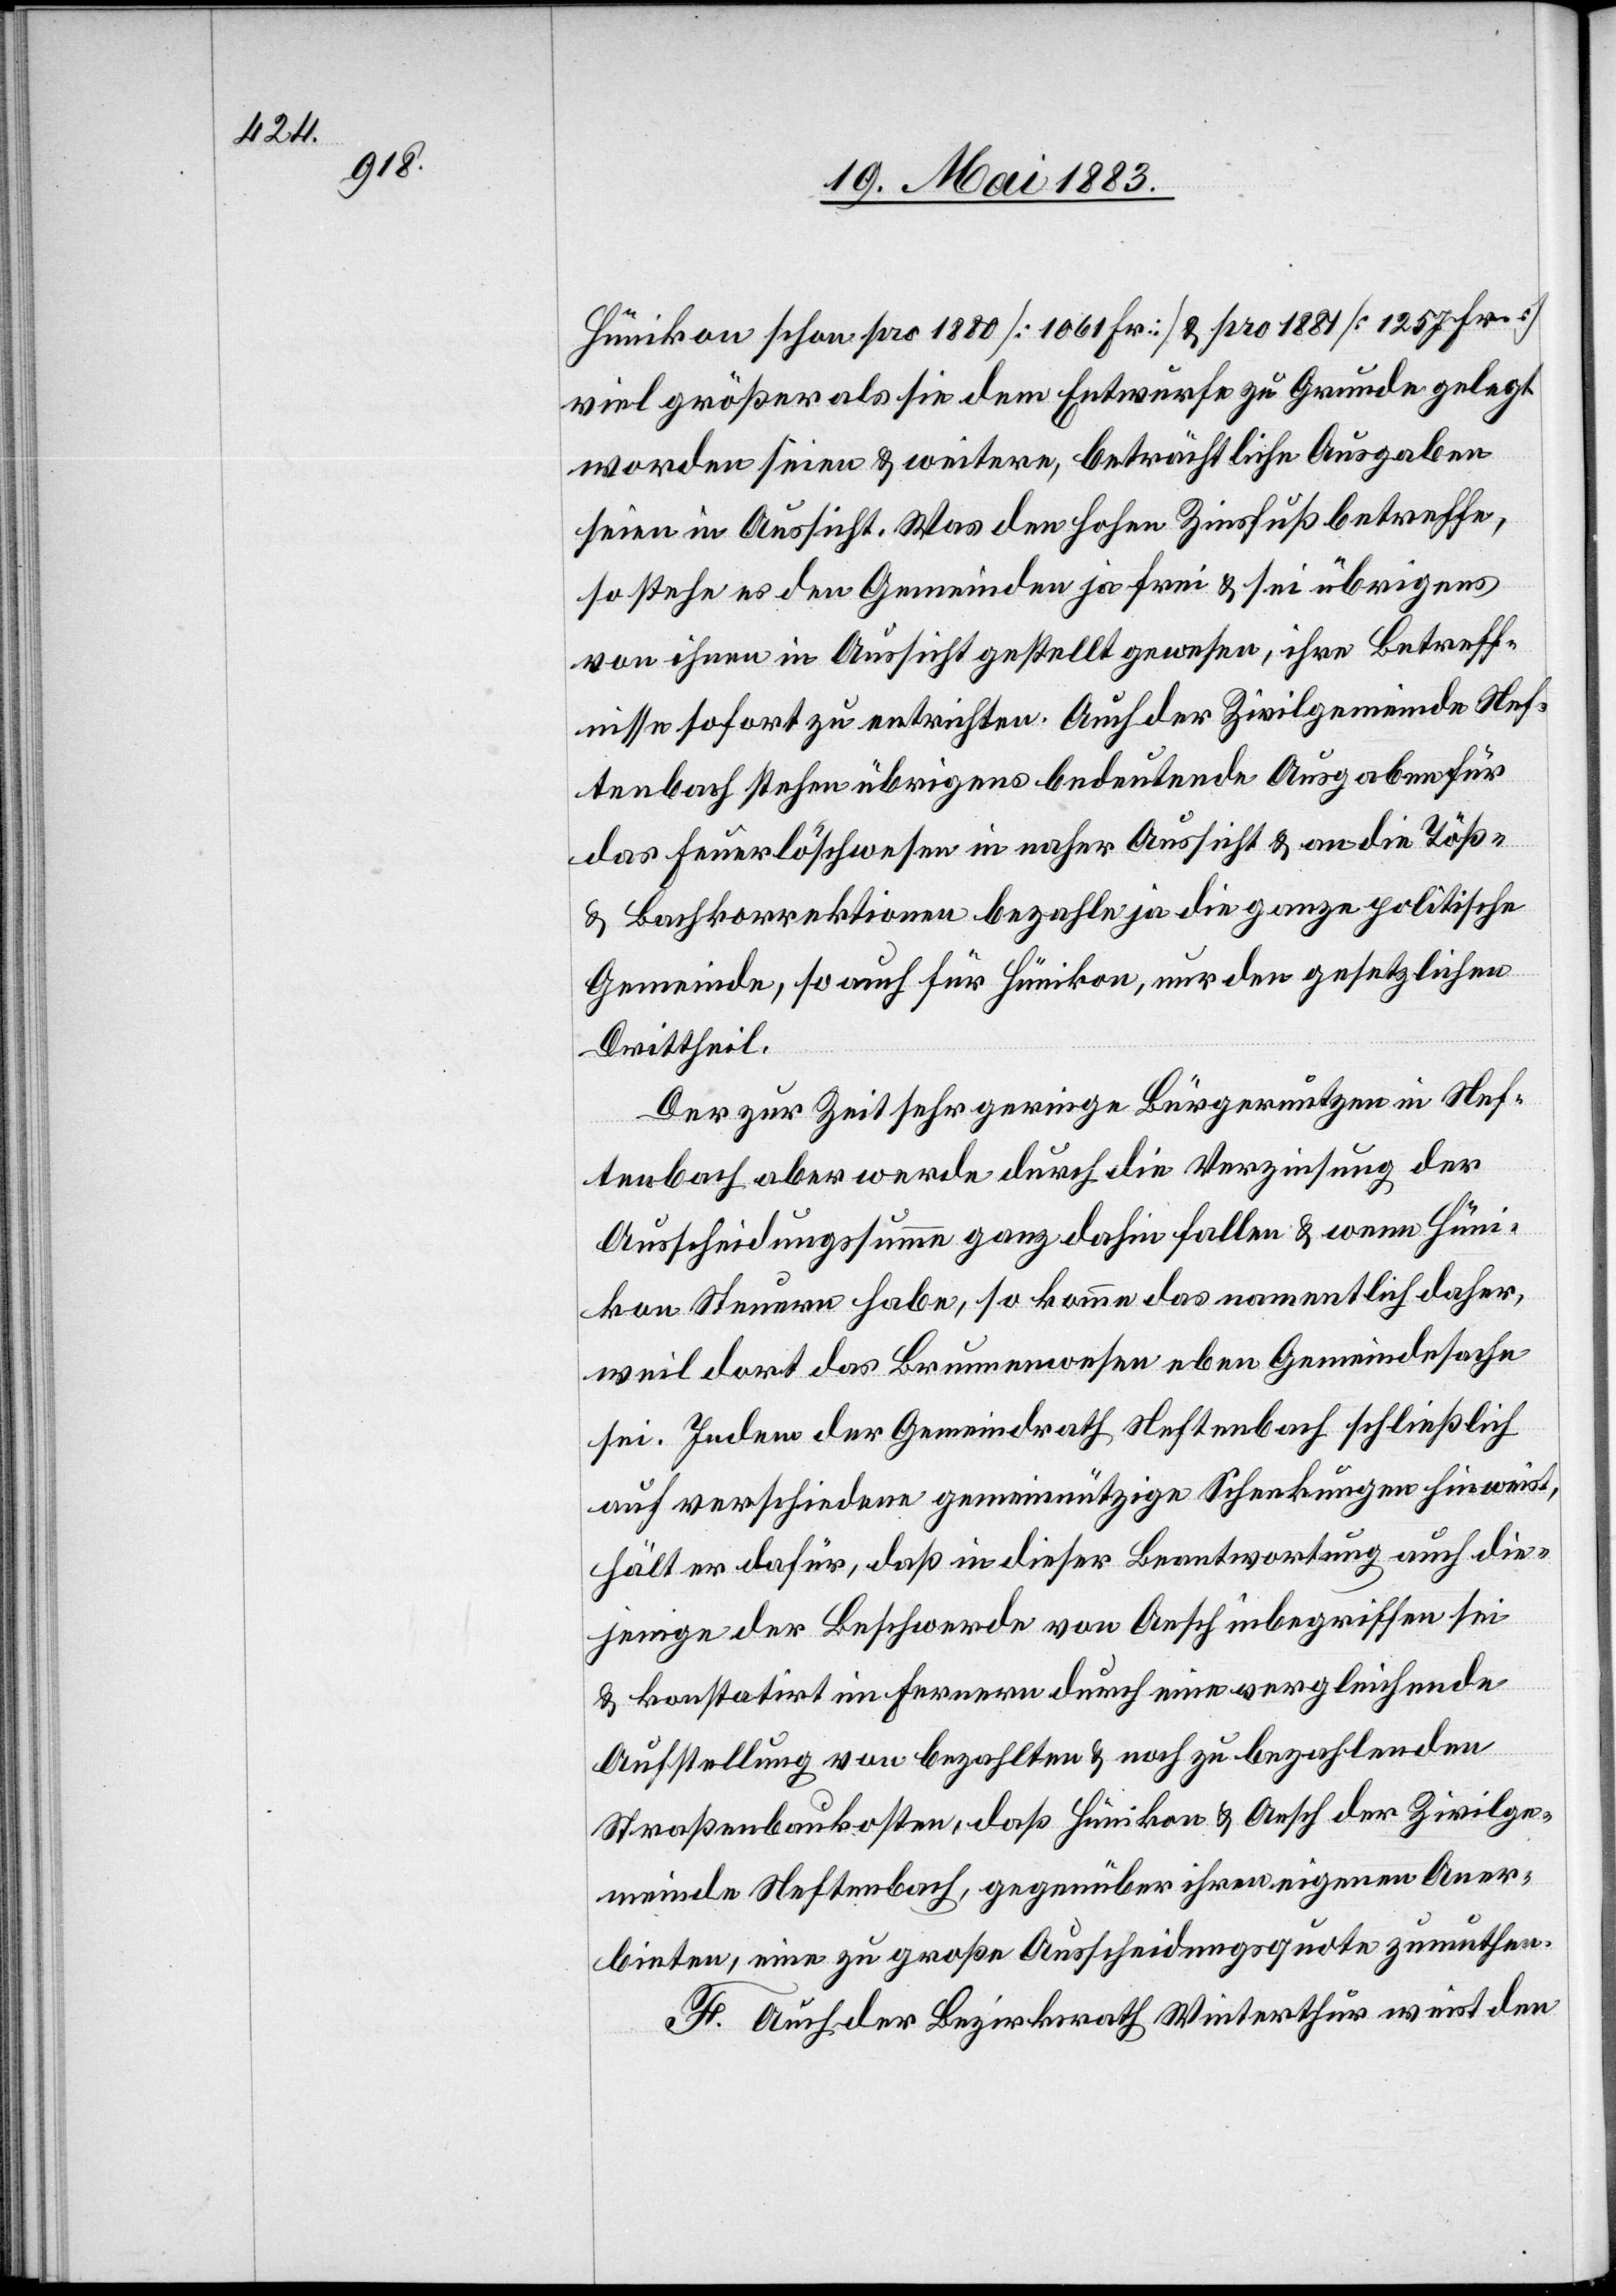
Hünikon schon pro 1880 [1061 Fr.] & pro 1881 [1257 Fr.]
viel größer als sie dem Entwurfe zu Grunde gelegt
worden seien & weitere, beträchtliche Ausgaben
seien in Aussicht. Was den hohen Zinsfuß betreffe,
so stehe es den Gemeinde ja frei & sei übrigens
von ihnen in Aussicht gestellt gewesen, ihre Betreff¬
nisse sofort zu entrichten. Auch der Zivilgemeinde Nef¬
tenbach stehen übrigens bedeutende Ausgaben für
das Feuerlöschwesen in naher Aussicht & an die Töß-
& Bachkorrektionen bezahle ja die ganze politische
Gemeinde, so auch für Hünikon, nur den gesetzlichen
Drittheil.
Der zur Zeit sehr geringe Bürgernutzen in Nef¬
tenbach aber werde durch die Verzinsung der
Ausscheidungssumme ganz dahin fallen & wenn Hüni¬
kon Steuern habe, so komme das namentlich daher,
weil dort das Brunnenwesen eben Gemeindesache
sei. Indem der Gemeindrath Neftenbach schließlich
auch verschiedene gemeinnützige Schenkungen hinweist,
hält er dafür, daß in dieser Beantwortung auch die¬
jenige der Beschwerde von Aesch inbegriffen sei
& konstatirt im Ferneren durch eine vergleichende
Ausstellung von bezahlten & noch zu bezahlenden
Straßenbaukosten, daß Hünikon & Aesch der Zivilge¬
meinde Neftenbach, gegenüber ihren eigenen Aner¬
bieten, eine zu große Ausscheidungsquote zumuthen.
F. Auch der Bezirksrath Winterthur weist den